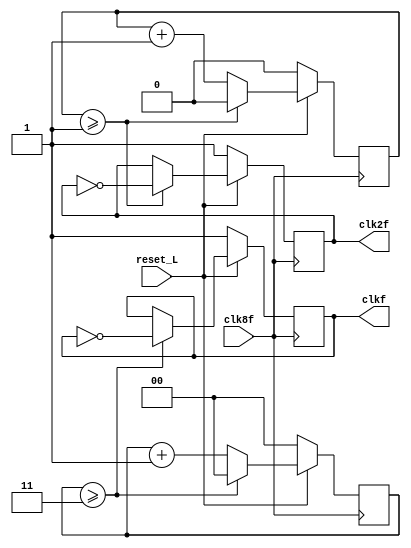
//IE-0523 Circuitos Digitales II
//Proyecto1. Bloque Generador de Reloj.
//Elaborado por: Csar Valverde Zuiga	A86605		
//I Ciclo 2019

// Este mdulo genera las seales de reloj del dispositivo 
// a partir del master clock seal de mayor frecuencia.

module ClkGenerator(input 		clk8f,
						input 		reset_L,
						output reg 	clk2f,
						output reg 	clkf
						);

	//Contadores
	reg counter1;
	reg [1:0] counter2;

	//Reset contadores y relojes 2f y f
	always @ (posedge clk8f) begin
		if(!reset_L)begin
		counter1<=0;
		counter2<=0;
		clk2f<=1;
		clkf<=1;
		end
		else begin

		if(counter1>=1)begin
			clk2f <= ~clk2f;
			counter1<=0;
		end 
		else begin
			counter1<=counter1+1;
		end 

		if(counter2>=3)begin
			clkf <= ~clkf;
			counter2<=0;
		end 
		else begin
			counter2<=counter2+1;
		end	
		end
	end

endmodule